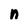
Character: n